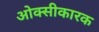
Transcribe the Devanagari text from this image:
ओक्सीकारक